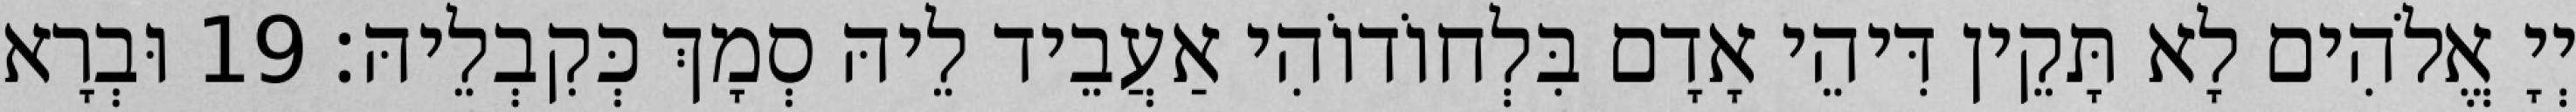
יְיָ אֱלֹהִים לָא תָּקֵין דִּיהֵי אָדָם בִּלְחוֹדוֹהִי אַעֲבֵיד לֵיהּ סְמָךְ כְּקִבְלֵיהּ׃ 19 וּבְרָא